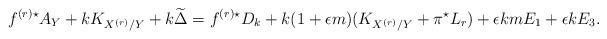
LaTeX: \begin{align*}f^{(r)\star} A_Y + k K_{X^{(r)} /Y} + k \widetilde{\Delta} = f^{(r)\star} D_k + k (1+ \epsilon m) (K_{X^{(r)}/Y}+\pi^\star L_r) + \epsilon k m E_1 +\epsilon k E_3. \end{align*}